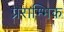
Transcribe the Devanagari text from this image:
प्रराम्भिक